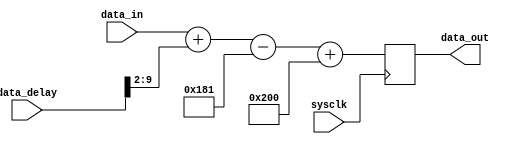
//------------------------------
// Module name: allpass processor
// Function: Simply to pass input to output
// Creator:  Peter Cheung
// Version:  1.1
//------------------------------

module processor (sysclk, data_in, data_delay, data_out);

	input				sysclk;		// system clock
	input [9:0]		data_in;		// 10-bit input data
	input [9:0]		data_delay;
	output [9:0] 	data_out;	// 10-bit output data

	wire				sysclk;
	wire [9:0]		data_in;
	reg [9:0] 		data_out;
	wire [9:0]		x,y,z;

	parameter 		ADC_OFFSET = 10'h181;
	parameter 		DAC_OFFSET = 10'h200;

	assign x = {2'b00, data_delay[9:2]};		// x is input in 2's complement
	
	assign y = data_in[9:0] + x;
	assign z = y - ADC_OFFSET;
	
	//  Now clock y output with system clock
	always @(posedge sysclk)
		data_out <=  z + DAC_OFFSET;
		
endmodule